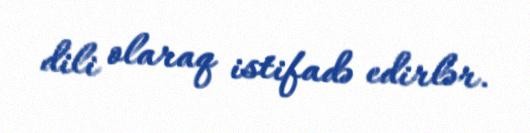
dili olaraq istifadə edirlər.